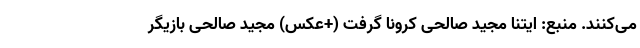
می‌کنند. منبع: ایتنا مجید صالحی کرونا گرفت (+عکس) مجید صالحی بازیگر